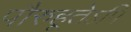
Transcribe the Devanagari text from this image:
पौरुहूतेऽपि